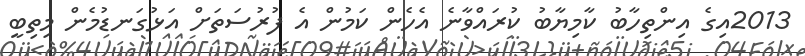
2013އިގެ އިންތިހާބު ކާމިޔާބު ކުރައްވާނެ އެހެން ކަމުން އެ ފުރުސަތަށް އަޅުގަނޑުމެން މިތިބީ